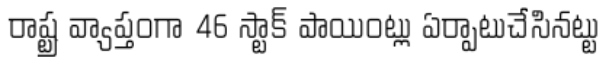
రాష్ట్ర వ్యాప్తంగా 46 స్టాక్ పాయింట్లు ఏర్పాటుచేసినట్టు